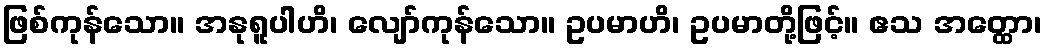
ဖြစ်ကုန်သော။ အနုရူပါဟိ၊ လျော်ကုန်သော။ ဥပမာဟိ၊ ဥပမာတို့ဖြင့်။ ဧသ အတ္ထော၊